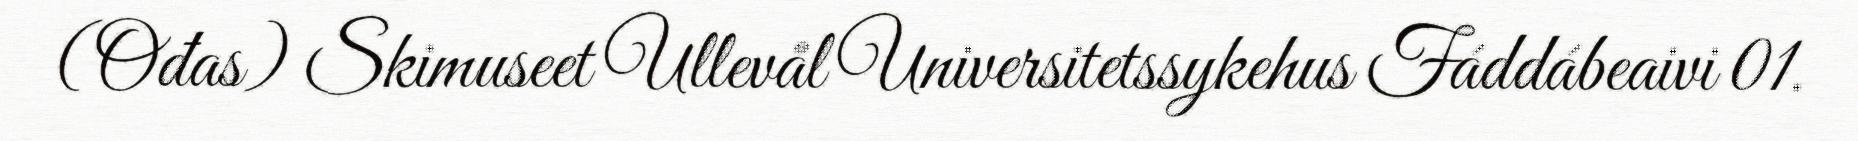
(Ođas) Skimuseet Ullevål Universitetssykehus Fáddábeaivi 01.